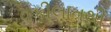
વકીલાતથી